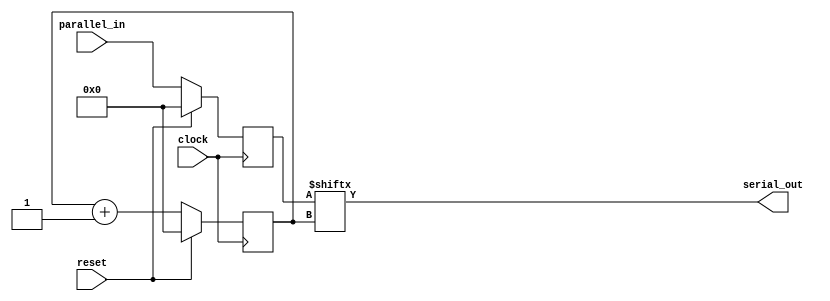
`timescale 1ns / 1ps

module piso(
    input wire clock, // Clock input
    input wire reset, // Reset input
    input wire [3:0] parallel_in, // Parallel input
    output wire serial_out // Serial output
);

reg [3:0] shift_reg; // 4-bit shift register
reg [3:0] counter;   // Counter for serial output

always @(posedge clock) begin
    if (reset)
        shift_reg <= 4'b0; // Reset the shift register
    else
        shift_reg <= parallel_in; // Load parallel input into the shift register

    if (reset)
        counter <= 4'b0; // Reset the counter
    else
        counter <= counter + 1; // Increment the counter
end

assign serial_out = shift_reg[counter];

endmodule